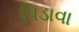
પિડાવા